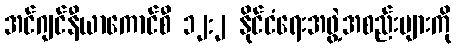
အင်ဂျင်နီယာကောင်စီ ၁၂:၂ နိုင်ငံရေးအဖွဲ့အစည်းများကို